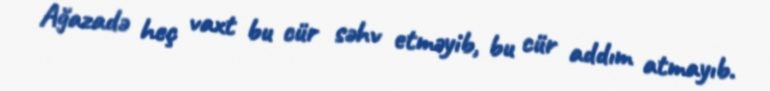
Ağazadə heç vaxt bu cür səhv etməyib, bu cür addım atmayıb.